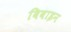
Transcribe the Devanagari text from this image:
बिवाइन